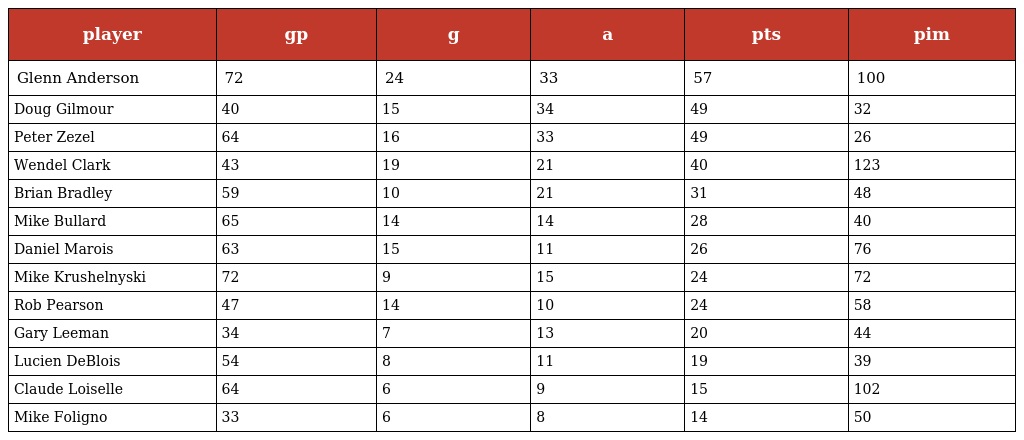
| player | gp | g | a | pts | pim |
 | --- | --- | --- | --- | --- | --- |
 | Glenn Anderson | 72 | 24 | 33 | 57 | 100 |
 | Doug Gilmour | 40 | 15 | 34 | 49 | 32 |
 | Peter Zezel | 64 | 16 | 33 | 49 | 26 |
 | Wendel Clark | 43 | 19 | 21 | 40 | 123 |
 | Brian Bradley | 59 | 10 | 21 | 31 | 48 |
 | Mike Bullard | 65 | 14 | 14 | 28 | 40 |
 | Daniel Marois | 63 | 15 | 11 | 26 | 76 |
 | Mike Krushelnyski | 72 | 9 | 15 | 24 | 72 |
 | Rob Pearson | 47 | 14 | 10 | 24 | 58 |
 | Gary Leeman | 34 | 7 | 13 | 20 | 44 |
 | Lucien DeBlois | 54 | 8 | 11 | 19 | 39 |
 | Claude Loiselle | 64 | 6 | 9 | 15 | 102 |
 | Mike Foligno | 33 | 6 | 8 | 14 | 50 |